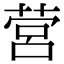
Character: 营